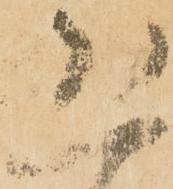
恐